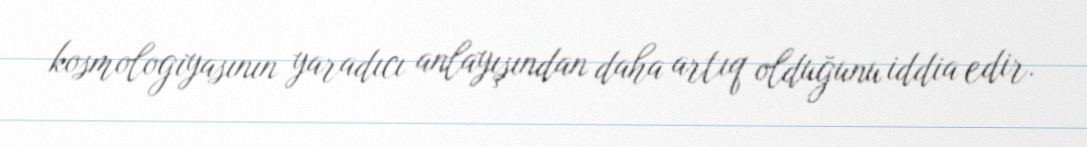
kosmologiyasının yaradıcı anlayışından daha artıq olduğunu iddia edir.